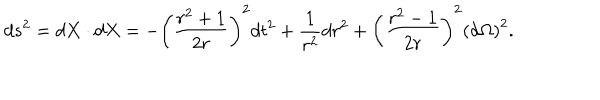
d s ^ { 2 } = d X \cdot d X = - \left( \frac { r ^ { 2 } + 1 } { 2 r } \right) ^ { 2 } d t ^ { 2 } + \frac 1 { r ^ { 2 } } d r ^ { 2 } + \left( \frac { r ^ { 2 } - 1 } { 2 r } \right) ^ { 2 } \left( d \Omega \right) ^ { 2 } { . }